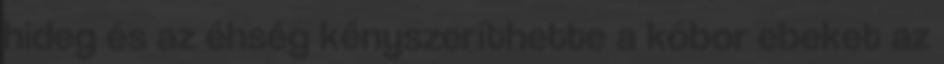
hideg és az éhség kényszeríthette a kóbor ebeket az